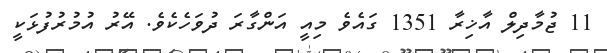
11 ޖުމާދިލް އާޚިރާ 1351 ގައެވެ މިއީ އަންގާރަ ދުވަހެކެވެ. އޭރު އުމުރުފުޅަކީ